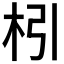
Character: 𣏖